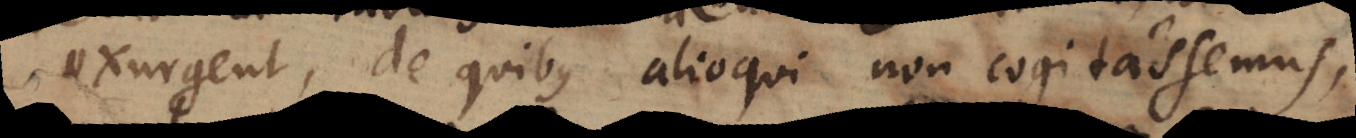
exurgent, de quibus alioqui non cogitassemus,